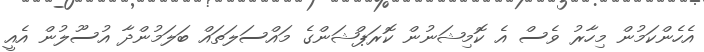
އެހެންކަމުން މިހާރު ވެސް އެ ކޮމިޝަނުން ކޮރަޕްޝަންގެ މައްސަލަތައް ބަލަމުންދާ އުސޫލުން އެއީ